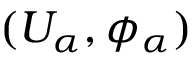
( U _ { \alpha } , \phi _ { \alpha } )